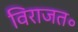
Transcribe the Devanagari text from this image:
विराजत॰